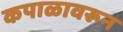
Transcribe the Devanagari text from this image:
कपाळावरून